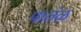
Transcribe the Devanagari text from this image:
पातंळ